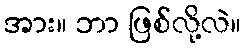
အား။ ဘာ ဖြစ်လို့လဲ။